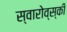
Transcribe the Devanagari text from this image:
स्वारोव्स्की